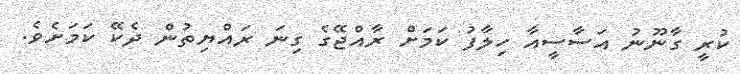
ކުރީ ގާނޫނު އަސާސީއާ ހިލާފު ކަމަށް ރާއްޖޭގެ ގިނަ ރައްޔިތުން ދެކޭ ކަމަށެވެ.